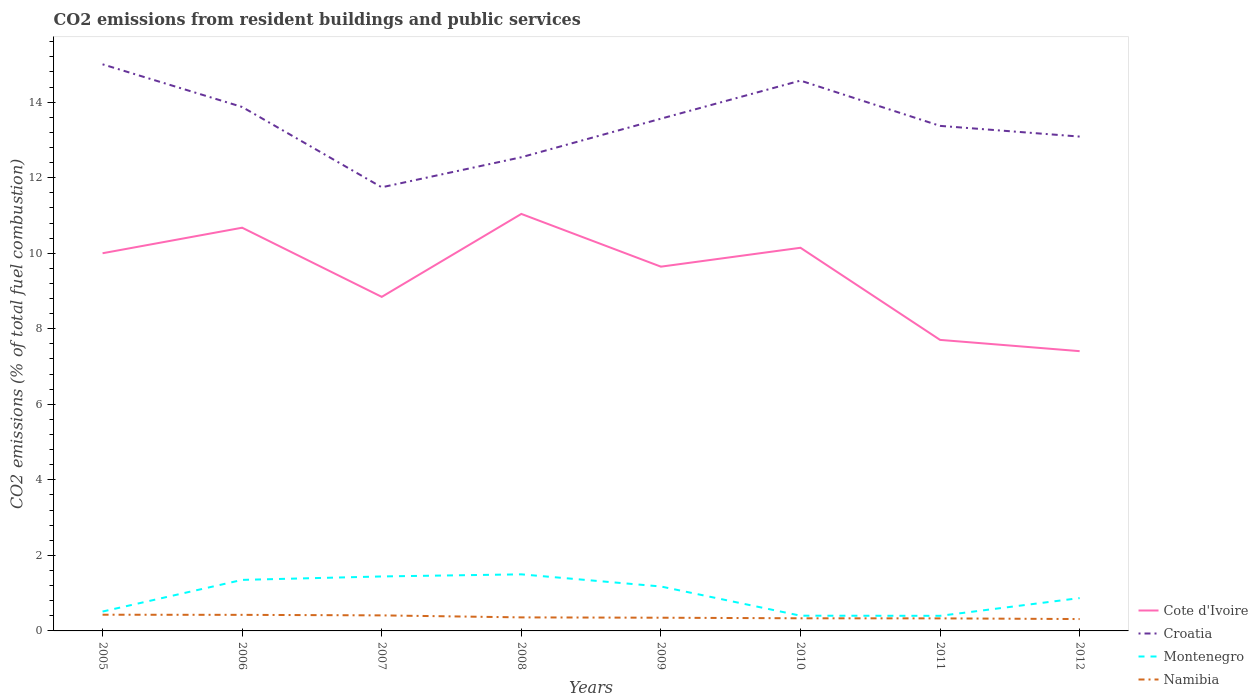
| Years | Cote d'Ivoire | Croatia | Montenegro | Namibia |
 | --- | --- | --- | --- | --- |
 | 2005 | 10 | 15 | 0.513 | 0.429 |
 | 2006 | 10.7 | 13.9 | 1.35 | 0.426 |
 | 2007 | 8.84 | 11.7 | 1.44 | 0.412 |
 | 2008 | 11 | 12.5 | 1.5 | 0.358 |
 | 2009 | 9.64 | 13.6 | 1.18 | 0.35 |
 | 2010 | 10.1 | 14.6 | 0.403 | 0.334 |
 | 2011 | 7.71 | 13.4 | 0.4 | 0.332 |
 | 2012 | 7.41 | 13.1 | 0.87 | 0.314 |